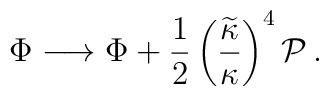
\Phi\longrightarrow\Phi+{1\over2}\left({\widetilde{\kappa}\over\kappa}\right)^4{\cal P}\,.